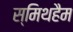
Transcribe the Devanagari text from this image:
स्मिथहैम